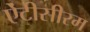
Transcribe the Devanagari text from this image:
ऐंटीसीरम